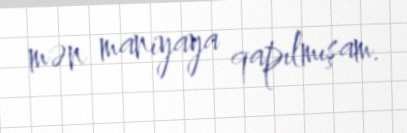
mən maniyaya qapılmışam.